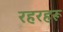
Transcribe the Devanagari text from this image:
रहरहरू